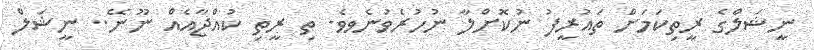
ނީޝަލްގެ ރީތިކަމަށް ތައުރީފު ނުކޮށްލާ ނުހުރެވުނެވވެ. ތި ރީތި ކުއްޖާއެއް ނޫނޭ.. ނީޝަލް